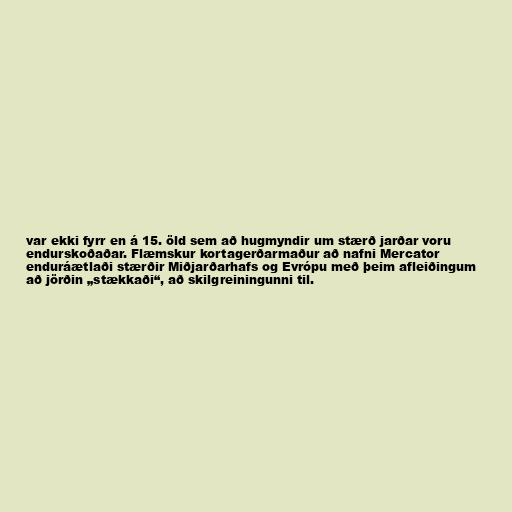
var ekki fyrr en á 15. öld sem að hugmyndir um stærð jarðar voru
endurskoðaðar. Flæmskur kortagerðarmaður að nafni Mercator
enduráætlaði stærðir Miðjarðarhafs og Evrópu með þeim afleiðingum
að jörðin „stækkaði“, að skilgreiningunni til.